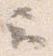
云